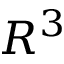
R ^ { 3 }